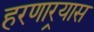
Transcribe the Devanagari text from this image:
हरणार्‍यास